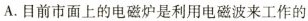
A.目前市面上的电磁炉是利用电磁波来工作的